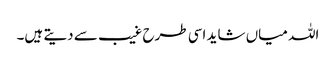
اللہ میاں شاید اسی طرح غیب سے دیتے ہیں۔